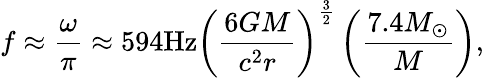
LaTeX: f\approx\frac{\omega}{\pi}\approx 594\mathrm{{Hz}}{\left({\frac{{6GM}}{{{c^{2}}r}}}\right)^{\frac{3}{2}}}\left({\frac{{7.4{M_{\odot}}}}{M}}\right),